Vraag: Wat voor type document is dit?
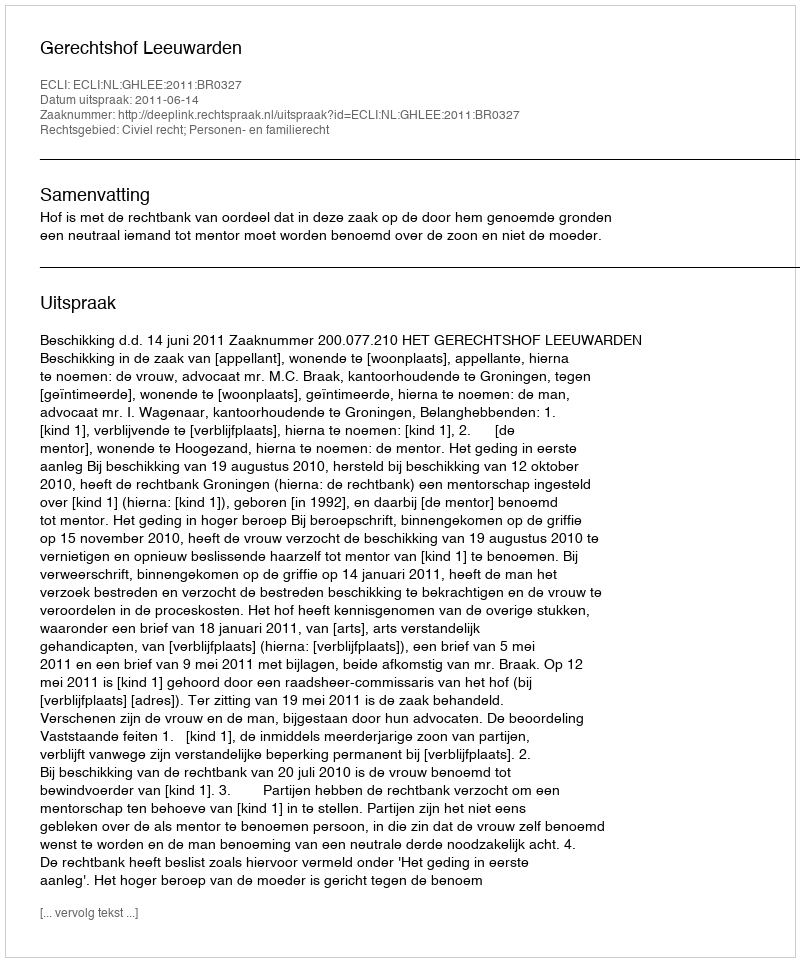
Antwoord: Uitspraak